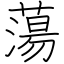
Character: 蕩